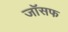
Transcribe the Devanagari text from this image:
जाॅसफ